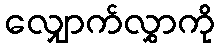
လျှောက်လွှာကို